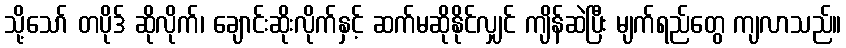
သို့သော် တပိုဒ် ဆိုလိုက်၊ ချောင်းဆိုးလိုက်နှင့် ဆက်မဆိုနိုင်လျှင် ကျိန်ဆဲပြီး မျက်ရည်တွေ ကျလာသည်။